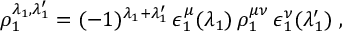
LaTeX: \rho _ { 1 } ^ { \lambda _ { 1 } , \lambda _ { 1 } ^ { \prime } } = ( - 1 ) ^ { \lambda _ { 1 } + \lambda _ { 1 } ^ { \prime } } \, \epsilon _ { 1 } ^ { \mu } ( \lambda _ { 1 } ) \, \rho _ { 1 } ^ { \mu \nu } \, \epsilon _ { 1 } ^ { \nu } ( \lambda _ { 1 } ^ { \prime } ) \ ,